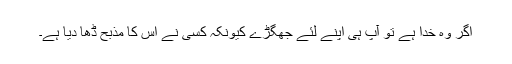
اگر وہ خُدا ہے تو آپ ہی اپنے لِئے جھگڑے کیونکہ کِسی نے اُس کا مذبح ڈھا دِیا ہے۔